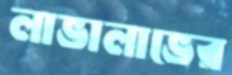
লাভালাভের